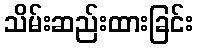
သိမ်းဆည်းထားခြင်း